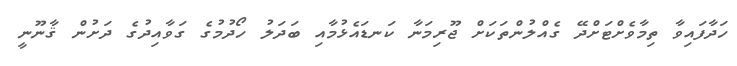
ހަދާފައިވާ ތިމާވެށްޓަށްދޭ ގެއްލުންތަކަށް ޖޫރިމަނާ ކަނޑައެޅުމާއި ބަދަލު ހޯދުމުގެ ގަވާއިދުގެ ދަށުން ޤާނޫނީ